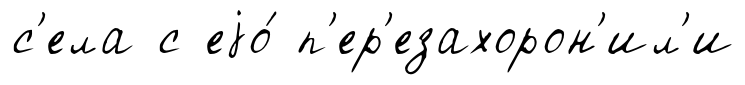
с'ела с еjо́ п'ер'езахорон'ил'и